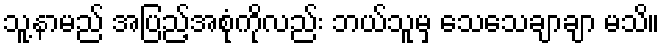
သူ့နာမည် အပြည့်အစုံကိုလည်း ဘယ်သူမှ သေသေချာချာ မသိ။